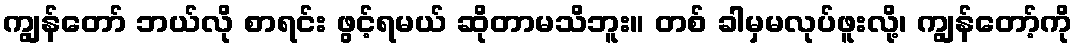
ကျွန်တော် ဘယ်လို စာရင်း ဖွင့်ရမယ် ဆိုတာမသိဘူး။ တစ် ခါမှမလုပ်ဖူးလို့၊ ကျွန်တော့်ကို